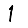
Digit: 1